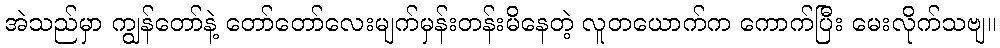
အဲသည်မှာ ကျွန်တော်နဲ့ တော်တော်လေးမျက်မှန်းတန်းမိနေတဲ့ လူတယောက်က ကောက်ပြီး မေးလိုက်သဗျ။